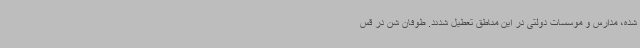
شده، مدارس و موسسات دولتی در این مناطق تعطیل شدند. طوفان شن در قس